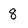
Character: 8